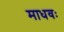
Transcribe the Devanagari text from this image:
माधवः